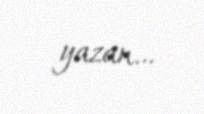
yazan...